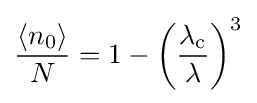
{\frac {\langle n_{0}\rangle }{N}}=1-\left({\frac {\lambda _{\text{c}}}{\lambda }}\right)^{3}